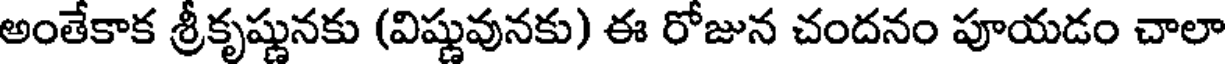
అంతేకాక శ్రీకృష్ణునకు (విష్ణువునకు) ఈ రోజున చందనం పూయడం చాలా